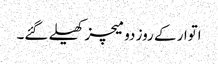
اتوار کے روز دو میچز کھیلے گئے۔